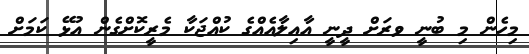
މިހެން މި ބުނީ ވރަށް ދީނީ އާއިލާއެއްގެ ކުއްޖަކާ މެރީކޮށްގެން އުޅޭ ކަމަށް